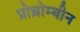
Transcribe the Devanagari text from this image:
प्रोथ्रोम्बीन